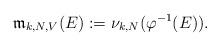
LaTeX: \begin{align*}\mathfrak{m}_{k,N,V}(E):=\nu_{k,N}(\varphi^{-1}(E)).\end{align*}